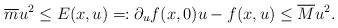
LaTeX: \begin{align*}\overline{m} u^2 \leq E(x,u) =: \partial_u f(x,0)u - f(x,u) \leq \overline{M} u^2 .\end{align*}